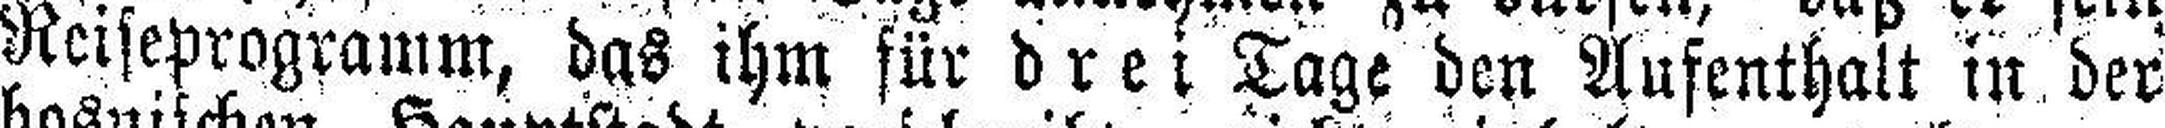
Reiseprogramm, das ihm für drei Tage den Aufenthalt in der